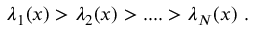
\lambda _ { 1 } ( x ) > \lambda _ { 2 } ( x ) > . . . . > \lambda _ { N } ( x ) ~ .